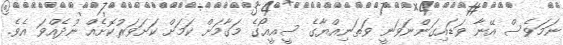
ނަމަވެސް އޭނާ ވަޑައިގަންނަވަނީ ވަތަނިއްޔާގެ ސީއީއޯގެ މަގާމަށް ކަމަށް ކަށަވަރުކޮށެއް ނުދެއްވަ އެވެ.